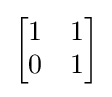
{\begin{bmatrix}1&1\\0&1\end{bmatrix}}